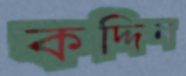
কদ্দিন